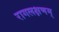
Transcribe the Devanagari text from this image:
रागलक्षणम्